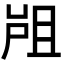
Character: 𡲂